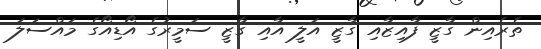
ތެރެއިން ގާޒީ ފާއިޒާއި ގާޒީ އަލީ އާއި ގާޒީ ސަމީރުގެ އޯޑިއޯގެ މައްސަލަ